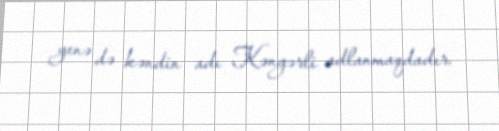
yenə də kəndin adı Kəngərli adlanmaqdadır.